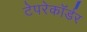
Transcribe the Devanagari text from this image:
टेपरेकॉर्डर